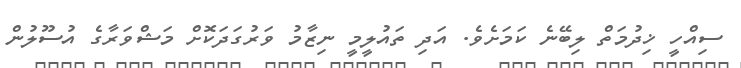
ސިއްހީ ޚިދުމަތް ލިބޭނެ ކަމަށެވެ. އަދި ތައުލީމީ ނިޒާމު ވަރުގަދަކޮށް މަޝްވަރާގެ އުސޫލުން